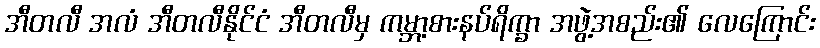
အီတလီ အလံ အီတလီနိုင်ငံ အီတလီမှ ကမ္ဘာ့စားနပ်ရိက္ခာ အဖွဲ့အစည်း၏ လေကြောင်း